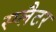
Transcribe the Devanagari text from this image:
स्प्लैटर